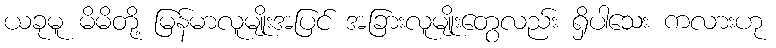
ယခုမူ မိမိတို့ မြန်မာလူမျိုးအပြင် အခြားလူမျိုးတွေလည်း ရှိပါသေး ကလားဟု